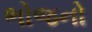
ભોજનો